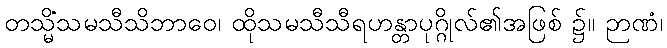
တသ္မိံသမသီသိဘာဝေ၊ ထိုသမသီသီရဟန္တာပုဂ္ဂိုလ်၏အဖြစ် ၌။ ဉာဏံ၊